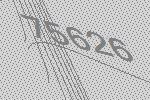
75626